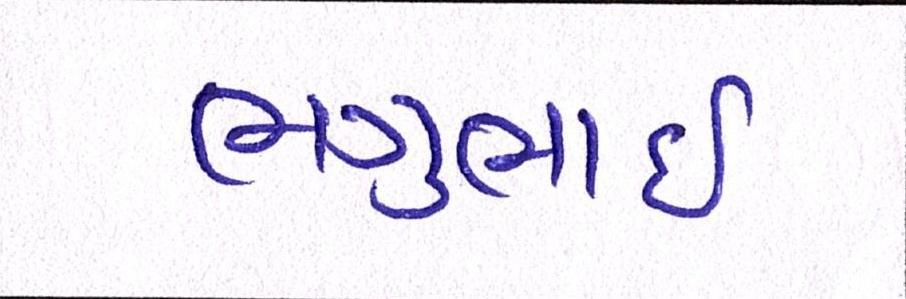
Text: ભગુભાઇ